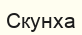
Скунха